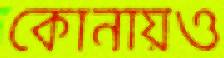
কোনায়ও